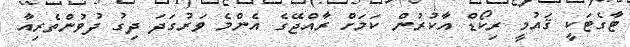
ޓާގެޓަކީ ޤައުމީ ރިކޯޑް އާކުރުން ކަމަށް ރާއްޖޭގެ އެންމެ ވަރުގަދަ ދިގު ދުވުންތެރިއާ